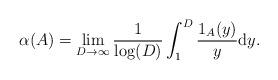
LaTeX: \begin{align*}\alpha(A) = \lim_{D \rightarrow \infty} \frac{1}{\log(D)} \int_1^D \frac{1_A(y)}{y} \mathrm{d}y.\end{align*}